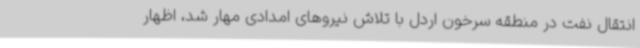
انتقال نفت در منطقه سرخون اردل با تلاش نیروهای امدادی مهار شد، اظهار